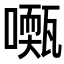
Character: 𡁓